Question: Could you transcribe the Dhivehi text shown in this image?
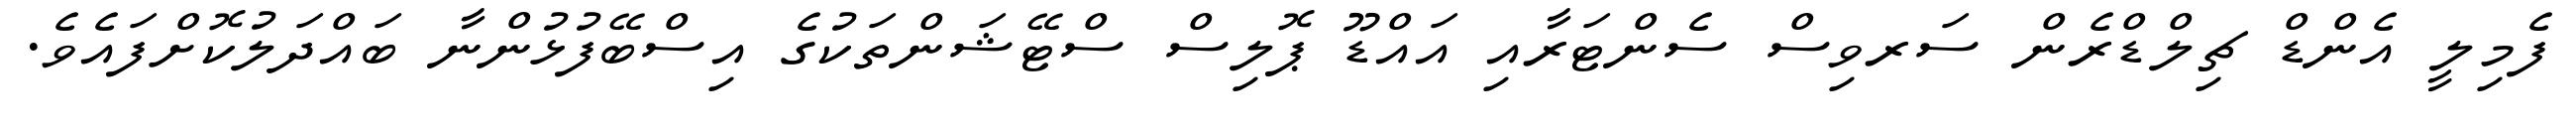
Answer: ފެމިލީ އެންޑް ޗިލްޑްރެން ސަރވިސް ސެންޓަރާއި އައްޑޫ ޕޮލިސް ސްޓޭޝަންތަކުގެ އިސްބޭފުޅުންނާ ބައްދަލުކޮށްފައެވެ.